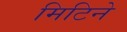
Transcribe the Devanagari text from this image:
मिटिने